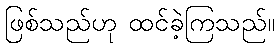
ဖြစ်သည်ဟု ထင်ခဲ့ကြသည်။